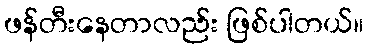
ဖန်တီးနေတာလည်း ဖြစ်ပါတယ်။